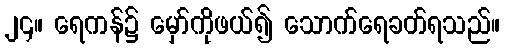
၂၄။ ရေကန်၌ မှော်ကိုဖယ်၍ သောက်ရေခတ်ရသည်။